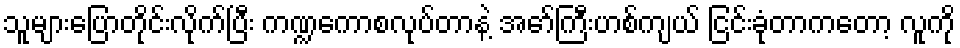
သူများပြောတိုင်းလိုက်ပြီး ကဏ္ဍကောစလုပ်တာနဲ့ အော်ကြီးဟစ်ကျယ် ငြင်းခုံတာကတော့ လူကို